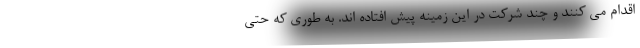
اقدام می کنند و چند شرکت در این زمینه پیش افتاده اند. به طوری که حتی